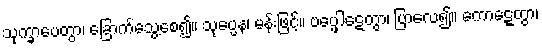
သုက္ခာပေတွာ၊ ခြောက်သွေ့စေ၍။ သုပ္ပေန၊ မန်းဖြင့်။ ပပ္ဖေါဋေတွာ၊ ပြာလေ၍။ ကောဋ္ဋေတွာ၊